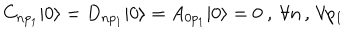
C _ { n p _ { 1 } } | 0 \rangle = D _ { n p _ { 1 } } | 0 \rangle = A _ { 0 p _ { 1 } } | 0 \rangle = 0 \ , \ \forall n \, , \, \forall p _ { 1 }